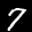
Label: 7